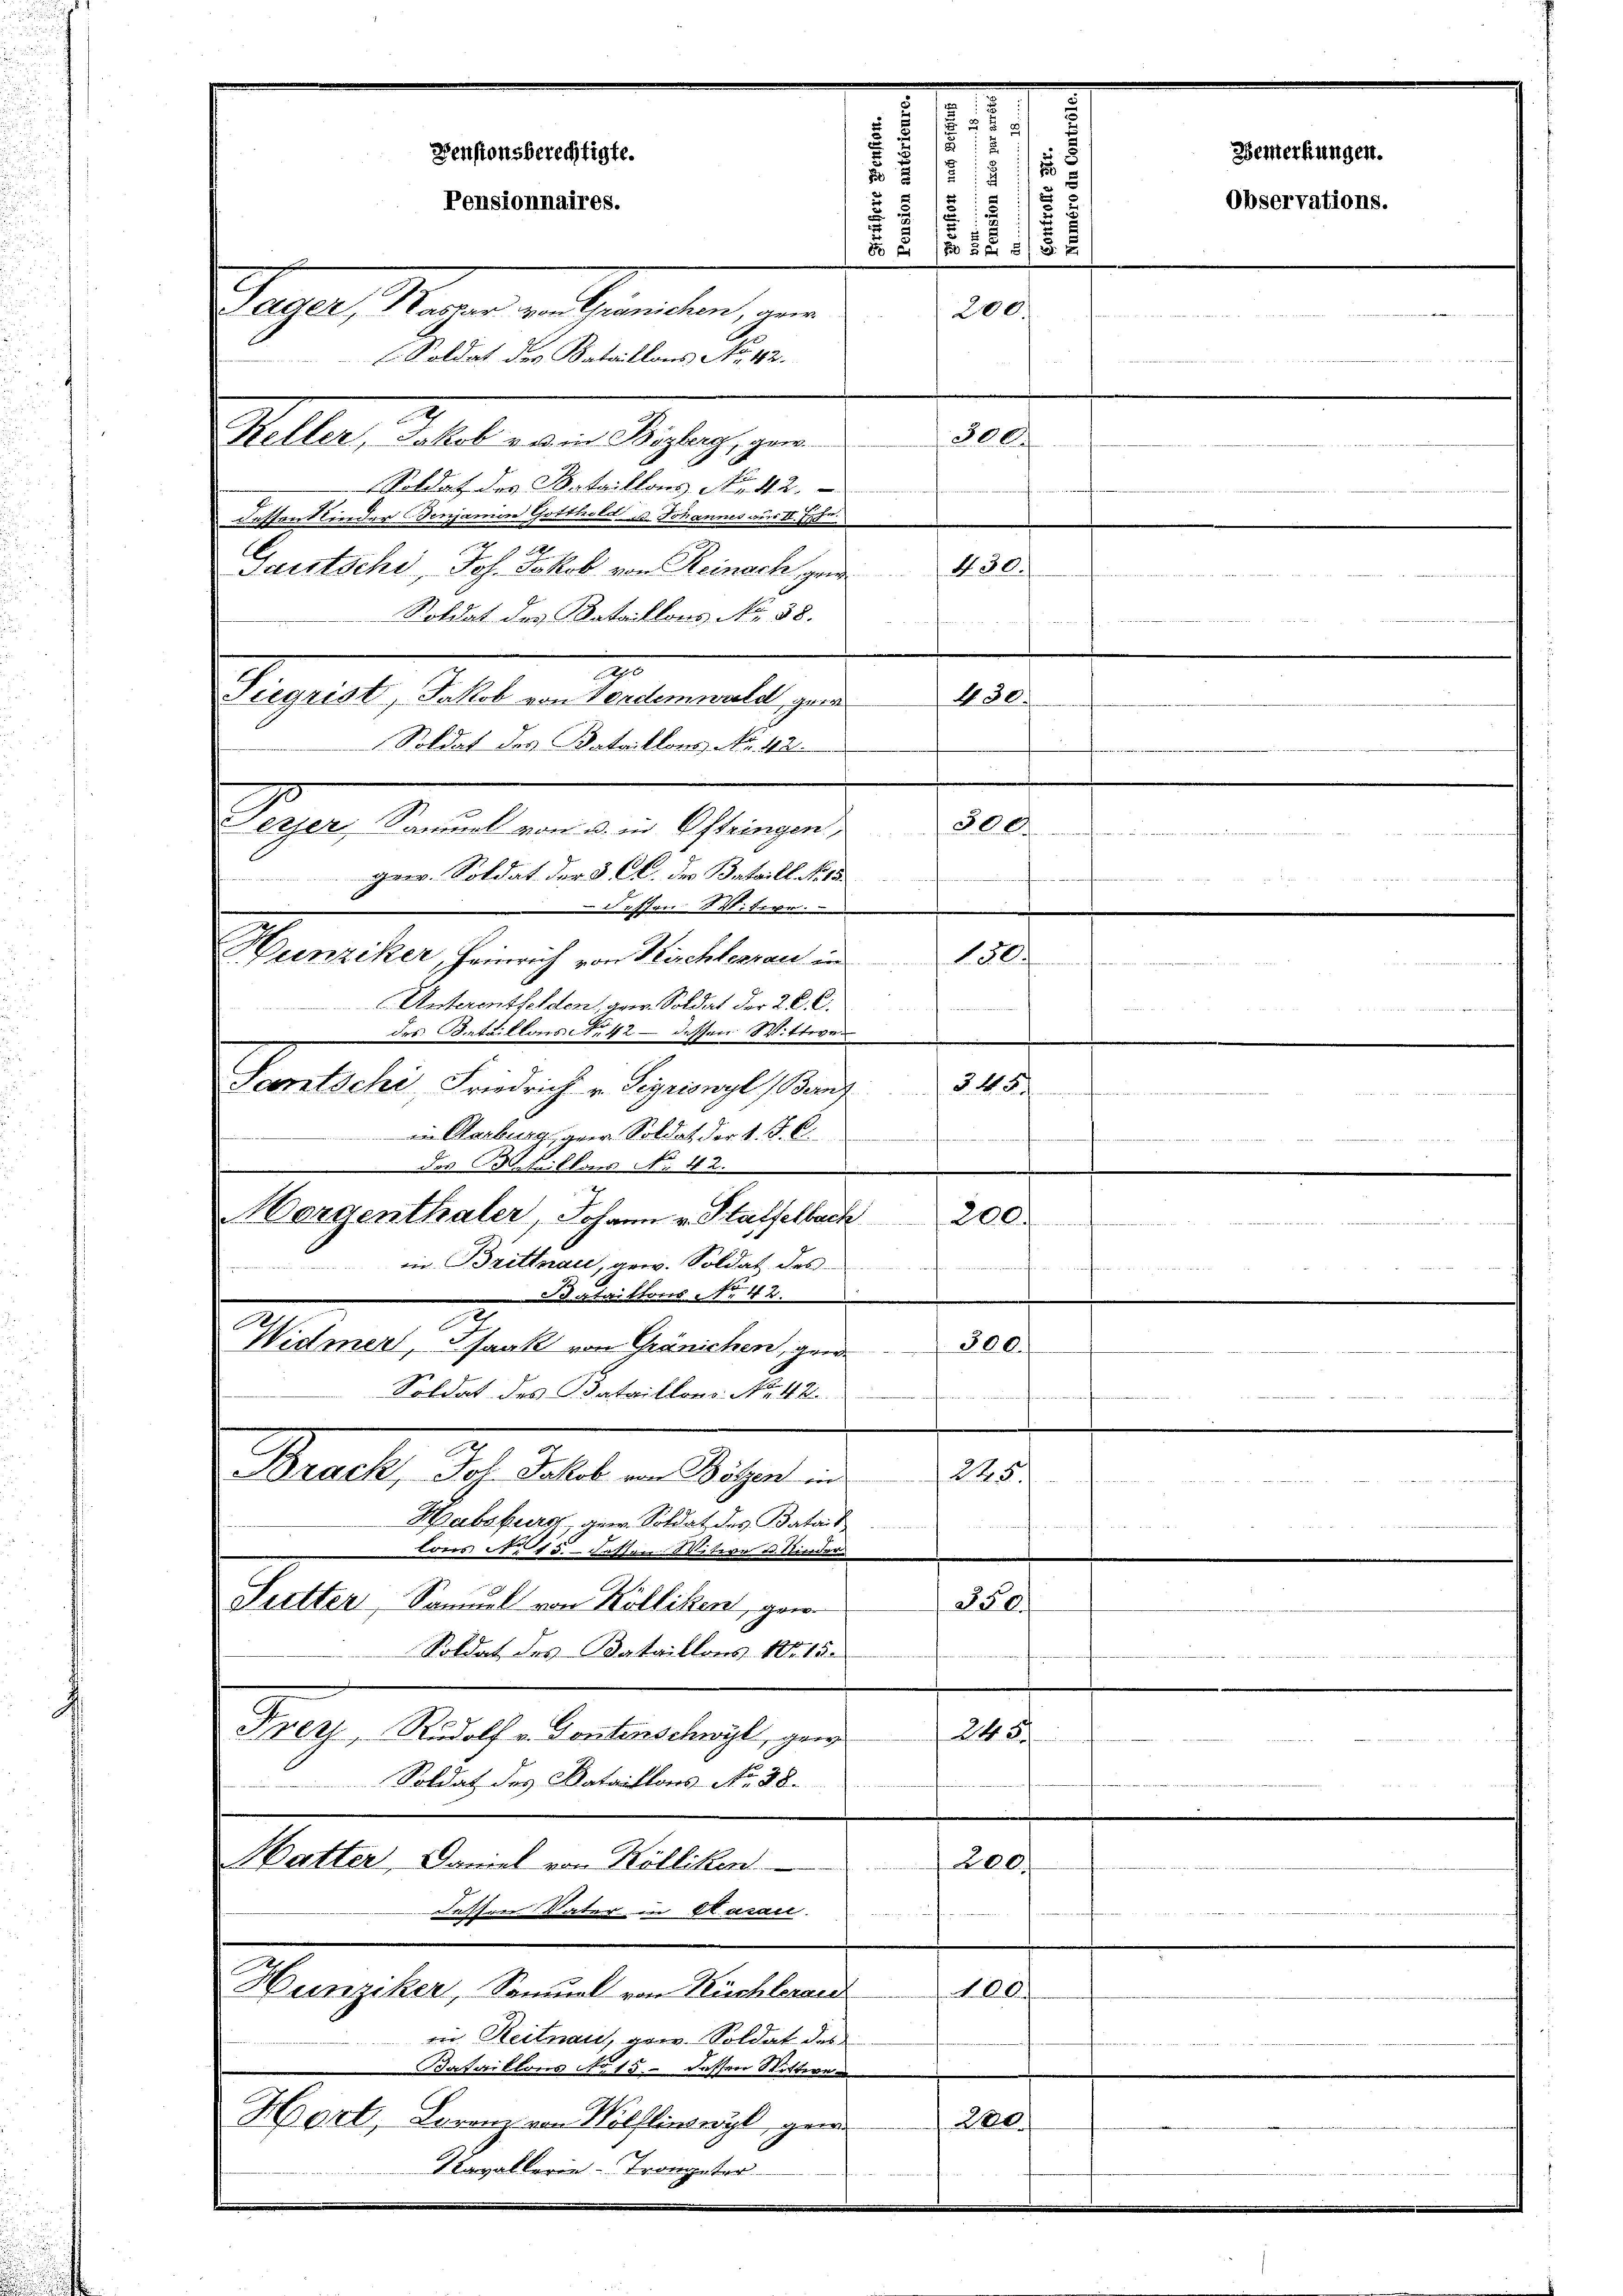
Bataillons Nr 42.
.
Widmer, Pfank von Gränichen, gen
820.
Soldat des Bataillons No. 42.
aenden
Bruck, dch das in Wegen d
sa
Habsburg an. Soldat des Batail
u einen fan
reis 15. dassen vitive u. Nieder
350.
Pretter, Samuel von Kölliken, gew
Soldat des Bataillons 1815.
Frez, Rudolf v. Gonterschwyl, gew
245.
Soldat des Bataillons No. 98.
Matter, Domel von Kölliken
200.
dessen Vater in Haran.
Hunziker, Samuel von Kuchleran
n
in Reitnau, gern. Soldat des
Bataillons No 15. dessen Wittwen
Hort, Lorenz von Wölflinwyl, gen
280.
Nawallerien-Trongeter

Pensionsberechtigte.
2 u
s 15
Pensionnaires.
5

Gager Magen in Beamten gen
200.
an wir u. s. w., wenn es wir eine
l. Soldat des Bataillons No. 182.
ach
Keller, Jakob v u. in Bözberg, gew
Soldat des Bataillons No. 42.
dessentlieder Benjamen Gotthold, u. Johannes aus II. Septe.
18
Sautschi, Joh. Jakob von Reinach gew. 430.
Soldat des Bataillons No. 58.
.
Siegrist, Jakob von Verdemwald geor
430.
Soldat des Bataillons No. 42.
300
Dieser Staaten an Achtungen
.
ger. Soldat der §. Cl. der Betrill No 15
dessen S. fern.
Hunziker, Heinrich von Kirchlenrau in
130.
 18
s
Unterentfelden, an. Soldat der 2 K. K.
et
des Detaillons No. 42 dessen Wittwer
Santschi, Friedrich v. Sigriswyl (Berg
348
n
 Meter Weite des Her
a Marburg, gew. Soldat der S. S. 6
 der Meillons No. 42.
Horgenthaler, Johann v. Staffelbach
200.
Brauten                  Mitter Bettet weitet weitereitet u. Mitte er bitter bereit der in die der bei der erbiete erhielt werden
 in Brittnau, gew. Soldat des

5

.
2
s

Bemerkungen.

Observations.